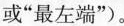
或“最左端”)。